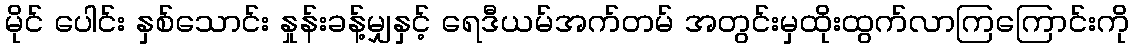
မိုင် ပေါင်း နှစ်သောင်း နှုန်းခန့်မျှနှင့် ရေဒီယမ်အက်တမ် အတွင်းမှထိုးထွက်လာကြကြောင်းကို